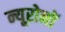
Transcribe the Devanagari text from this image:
न्यूरोनों